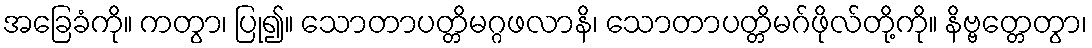
အခြေခံကို။ ကတွာ၊ ပြု၍။ သောတာပတ္တိမဂ္ဂဖလာနိ၊ သောတာပတ္တိမဂ်ဖိုလ်တို့ကို။ နိဗ္ဗတ္တေတွာ၊